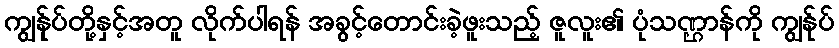
ကျွန်ုပ်တို့နှင့်အတူ လိုက်ပါရန် အခွင့်တောင်းခဲ့ဖူးသည့် ဇူလူး၏ ပုံသဏ္ဌာန်ကို ကျွန်ုပ်